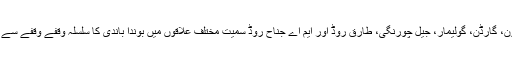
اورنگی ٹاؤن، گارڈن، گولیمار، جیل چورنگی، طارق روڈ اور ایم اے جناح روڈ سمیت مختلف علاقوں میں بوندا باندی کا سلسلہ وقفے وقفے سے جاری رہا۔